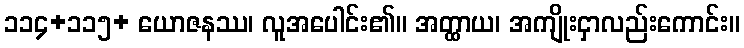
၁၁၄+၁၁၅+ ယောဇနဿ၊ လူအပေါင်း၏။ အတ္ထာယ၊ အကျိုးငှာလည်းကောင်း။